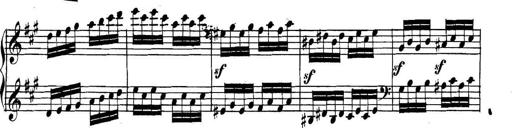
Title: Collected Piano Sonatas
Composer: Muzio Clementi